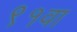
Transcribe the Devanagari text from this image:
९१वा